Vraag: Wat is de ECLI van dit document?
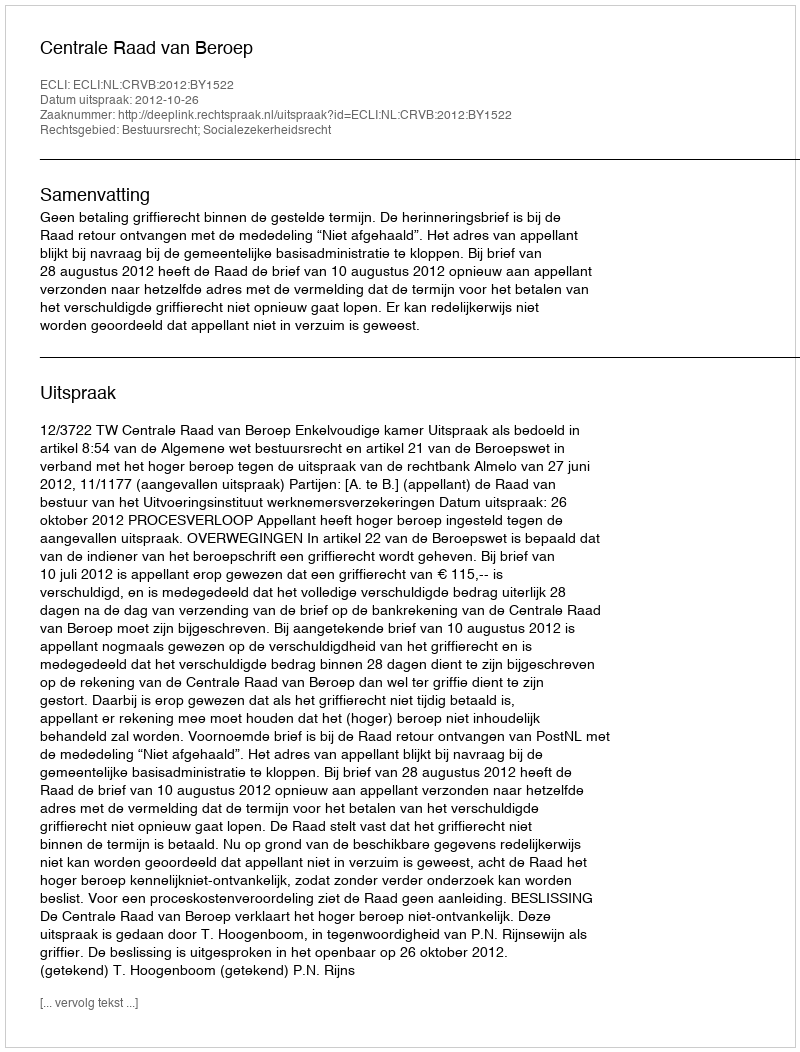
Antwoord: ECLI:NL:CRVB:2012:BY1522